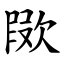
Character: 㰺